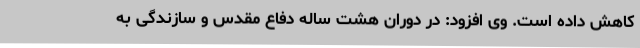
کاهش داده است. وی افزود: در دوران هشت ساله دفاع مقدس و سازندگی به